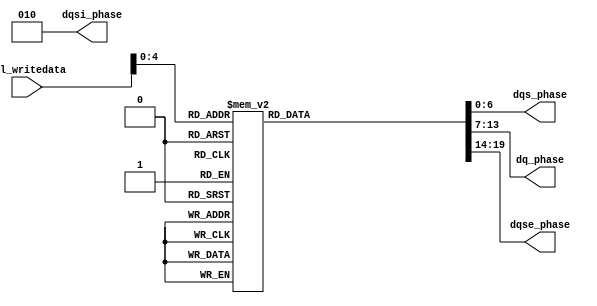
// (C) 2001-2016 Altera Corporation. All rights reserved.
// Your use of Altera Corporation's design tools, logic functions and other 
// software and tools, and its AMPP partner logic functions, and any output 
// files any of the foregoing (including device programming or simulation 
// files), and any associated documentation or information are expressly subject 
// to the terms and conditions of the Altera Program License Subscription 
// Agreement, Altera MegaCore Function License Agreement, or other applicable 
// license agreement, including, without limitation, that your use is for the 
// sole purpose of programming logic devices manufactured by Altera and sold by 
// Altera or its authorized distributors.  Please refer to the applicable 
// agreement for further details.



`timescale 1 ps / 1 ps

module sequencer_scc_sv_phase_decode
    # (parameter
    
    AVL_DATA_WIDTH          =   32,
    DLL_DELAY_CHAIN_LENGTH  =   6
        
    )
    (
    
    avl_writedata,

	dqsi_phase,	
    dqs_phase,	
    dq_phase,	
    dqse_phase
    
);

	input [AVL_DATA_WIDTH - 1:0] avl_writedata;
	
	output [2:0] dqsi_phase;	
	output [6:0] dqs_phase;	
	output [6:0] dq_phase;	
	output [5:0] dqse_phase;
	

	reg [2:0] dqsi_phase;
	reg [6:0] dqs_phase;
	reg [6:0] dq_phase;
	reg [5:0] dqse_phase;

	
	always @ (*) begin
		dqsi_phase = 3'b010;
		dqs_phase  = 7'b1110110;
		dq_phase   = 7'b0110100;
		dqse_phase = 6'b000110;

		case (avl_writedata[4:0])
		5'b00000: // DQS = 180, DQ = 90, DQSE = 90
			begin
				dqs_phase  = 7'b0010110;
				dq_phase   = 7'b1000110;
				dqse_phase = 6'b000010;
			end
		5'b00001: // DQS = 225, DQ = 135, DQSE = 135
			begin
				dqs_phase  = 7'b0110110;
				dq_phase   = 7'b1100110;
				dqse_phase = 6'b000011;
			end
		5'b00010: // DQS = 270, DQ = 180, DQSE = 180
			begin
				dqs_phase  = 7'b1010110;
				dq_phase   = 7'b0010110;
				dqse_phase = 6'b000100;
			end
		5'b00011: // DQS = 315, DQ = 225, DQSE = 225
			begin
				dqs_phase  = 7'b1110111;
				dq_phase   = 7'b0110110;
				dqse_phase = 6'b000101;
			end
		5'b00100: // DQS = 360, DQ = 270, DQSE = 270
			begin
				dqs_phase  = 7'b0000111;
				dq_phase   = 7'b1010110;
				dqse_phase = 6'b000110;
			end
		5'b00101: // DQS = 405, DQ = 315, DQSE = 315
			begin
				dqs_phase  = 7'b0100111;
				dq_phase   = 7'b1110111;
				dqse_phase = 6'b001111;
			end
		5'b00110: // DQS = 450, DQ = 360, DQSE = 360
			begin
				dqs_phase  = 7'b1001000;
				dq_phase   = 7'b0000111;
				dqse_phase = 6'b001000;
			end
		5'b00111: // DQS = 495, DQ = 405, DQSE = 405
			begin
				dqs_phase  = 7'b1101000;
				dq_phase   = 7'b0100111;
				dqse_phase = 6'b001001;
			end
		5'b01000: // DQS = 540, DQ = 450
			begin
				dqs_phase  = 7'b0011000;
				dq_phase   = 7'b1001000;
			end
		5'b01001: 
			begin
				dqs_phase  = 7'b0111000;
				dq_phase   = 7'b1101000;
			end
		5'b01010: 
			begin
				dqs_phase  = 7'b1011000;
				dq_phase   = 7'b0011000;
			end
		5'b01011: 
			begin
				dqs_phase  = 7'b1111001;
				dq_phase   = 7'b0111000;
			end
		5'b01100: 
			begin
				dqs_phase  = 7'b0001001;
				dq_phase   = 7'b1011000;
			end
		5'b01101: 
			begin
				dqs_phase  = 7'b0101001;
				dq_phase   = 7'b1111001;
			end
		5'b01110: 
			begin
				dqs_phase  = 7'b1001010;
				dq_phase   = 7'b0001001;
			end
		5'b01111: 
			begin
				dqs_phase  = 7'b1101010;
				dq_phase   = 7'b0101001;
			end
		5'b10000: 
			begin
				dqs_phase  = 7'b0011010;
				dq_phase   = 7'b1001010;
			end
		5'b10001: 
			begin
				dqs_phase  = 7'b0111010;
				dq_phase   = 7'b1101010;
			end
		5'b10010: 
			begin
				dqs_phase  = 7'b1011010;
				dq_phase   = 7'b0011010;
			end
		5'b10011: 
			begin
				dqs_phase  = 7'b1111011;
				dq_phase   = 7'b0111010;
			end
		5'b10100: 
			begin
				dqs_phase  = 7'b0001011;
				dq_phase   = 7'b1011010;
			end
		5'b10101: 
			begin
				dqs_phase  = 7'b0101011;
				dq_phase   = 7'b1111011;
			end
		default : begin end
		endcase
	end

endmodule